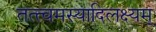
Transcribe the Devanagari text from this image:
तत्त्वमस्यादिलक्ष्यम्